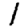
Digit: 1